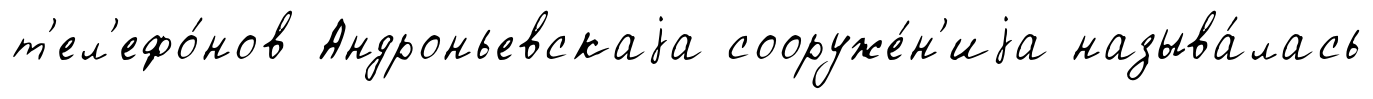
т'ел'ефо́нов Андроньевскаjа сооруже́н'иjа называ́лась